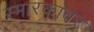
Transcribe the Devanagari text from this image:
स्मारकावर